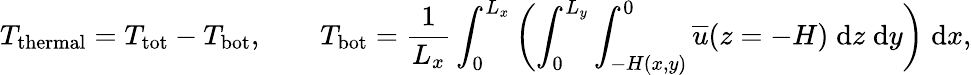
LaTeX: T_{\mathrm{thermal}}=T_{\mathrm{tot}}-T_{\mathrm{bot}},\qquad T_{\mathrm{bot}}=\frac{1}{L_{x}}\int_{0}^{L_{x}}\left(\int_{0}^{L_{y}}\int_{-H(x,y)}^{0}\overline{{u}}(z=-H)\; \mathrm{d}z\; \mathrm{d}y\right)\; \mathrm{d}x,